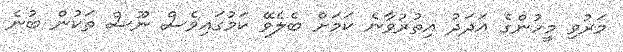
މަރުވި މީހުންގެ އަދަދު އިތުރުވާނެ ކަމަށް ބެލެވޭ ކަމުގައިވެސް ނޫސް ތަކުން ބުނެ